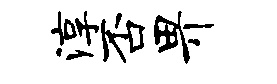
淳否畀